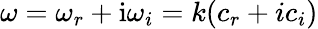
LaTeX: \omega=\omega_{r}+\mathrm{i}\omega_{i}=k(c_{r}+ic_{i})